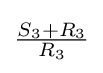
{\tfrac {S_{3}+R_{3}}{R_{3}}}